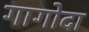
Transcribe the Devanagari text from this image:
गागोदा